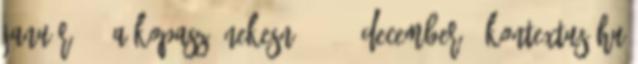
január 22. A KOPASZ ÉNEKESNŐ 2003. december - kontextus.hu